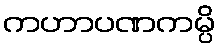
ကဟာပဏကမ္ပိ